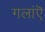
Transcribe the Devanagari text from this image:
गलांऎ